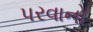
પરવાનો